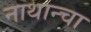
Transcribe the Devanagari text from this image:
नाथान्चा